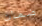
ضمان